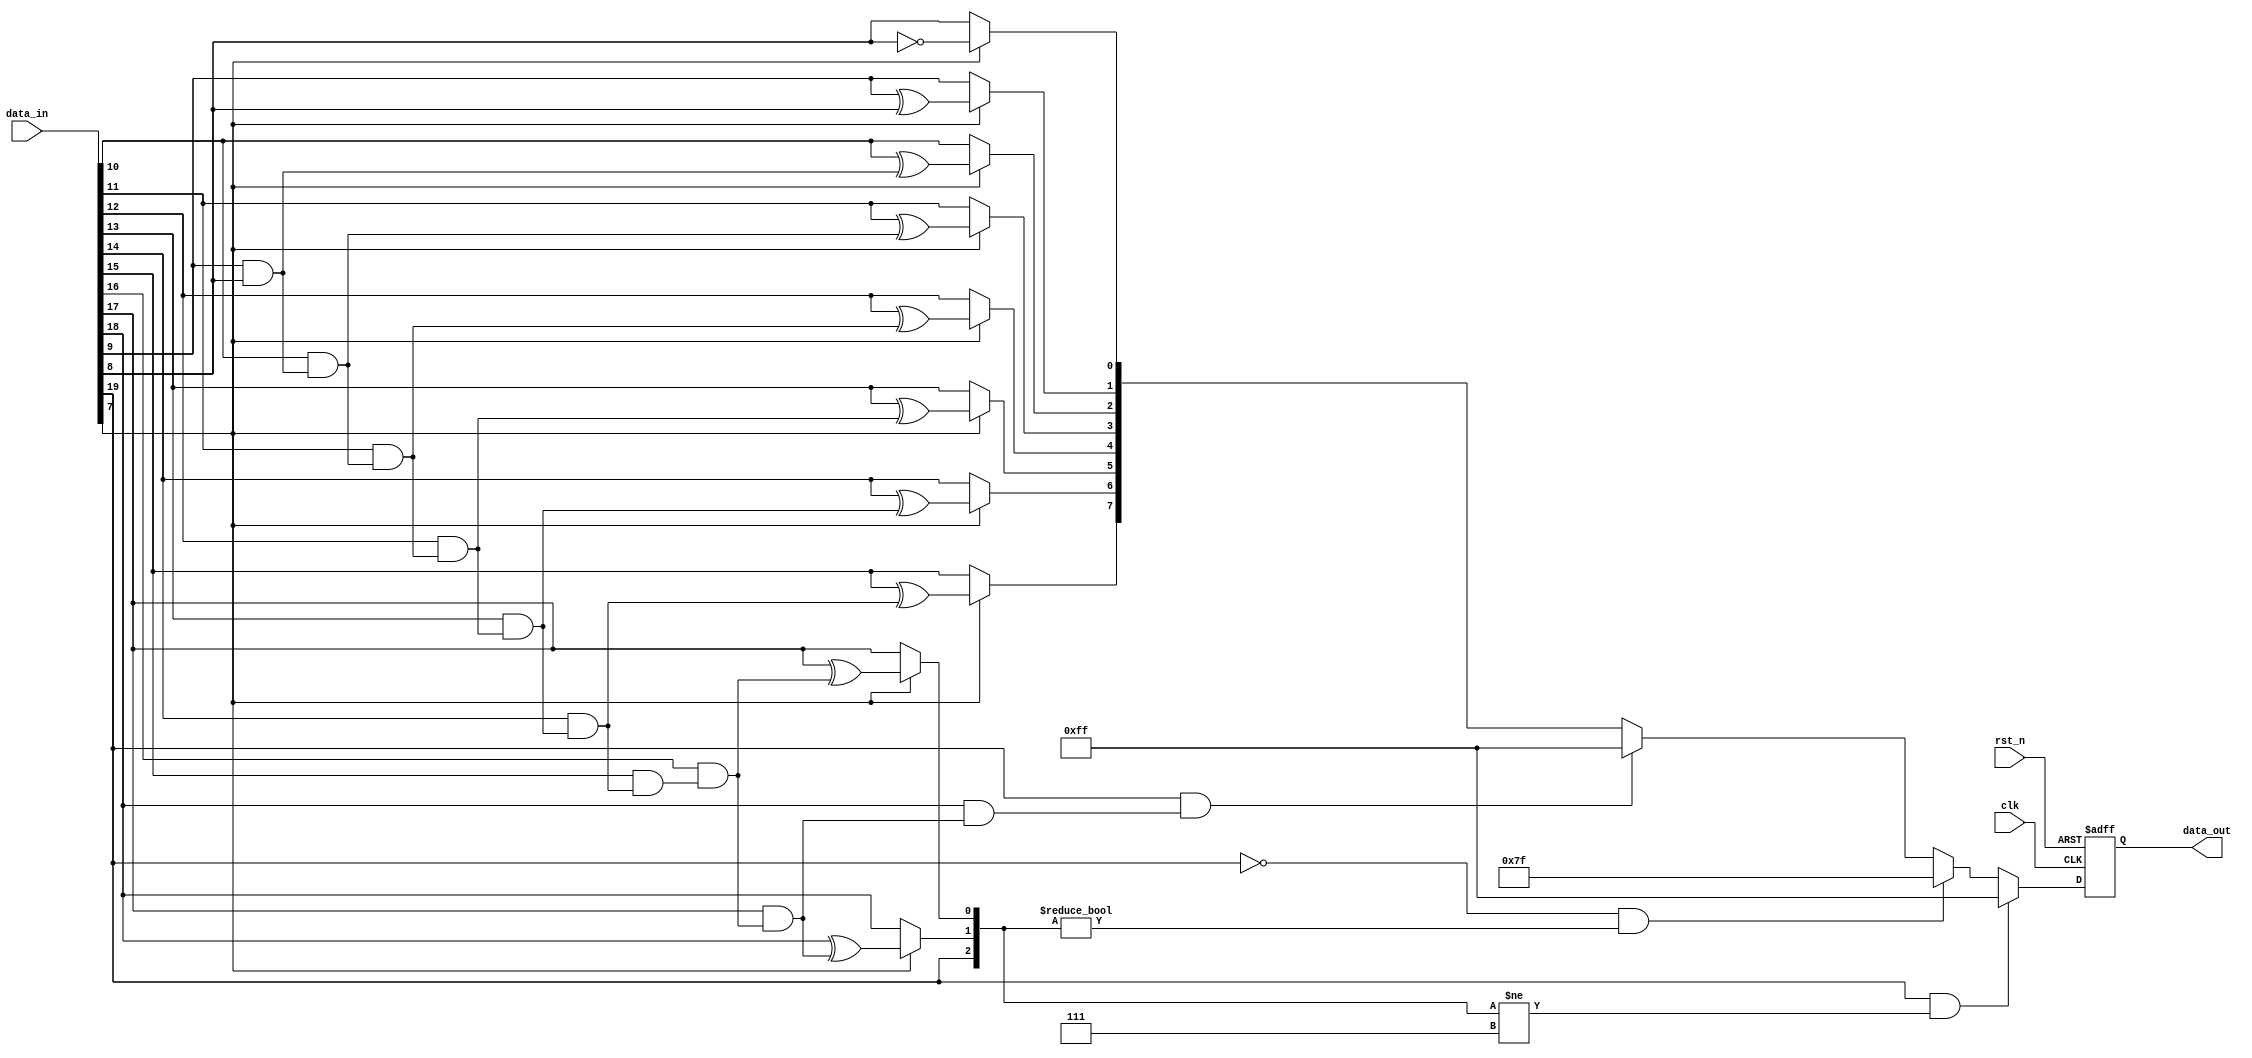
//////////////////////////////////////////////////////////////////////////////////
// Company:        
// Engineer:       
// Create Date:    
// Design Name:    
// Module Name:    cutoff
// Project Name:   
// Target Devices: 
// Tool versions:  
// Description: 
//
// Dependencies:   
//
// Revision: 
// Revision 0.01 - File Created
// Additional Comments: 
//////////////////////////////////////////////////////////////////////////////////

module cutoff#(
    parameter input_width        = 20,
    parameter output_width       = 8,
    parameter radix_point_right  = 8
    )( 
    input wire  clk,        // clock signal
    input wire  rst_n,      // reset signal 
    input wire  [input_width  - 1 : 0] data_in, 
    output reg  [output_width - 1 : 0] data_out
    );

// tmp[12:1] = data_in[19:8], integer part
// tmp[0] = round(data_in[8]), fractional part
reg[11:0] tmp = 12'b0;
reg carry = 1'b0;
integer i;
reg sum = 1'b0;
//reg transfer = 1'b0;

always @(posedge clk or negedge rst_n)
begin
	if (!rst_n)
		data_out[7:0] <= 8'b0;
	else
		data_out[7:0] <= tmp[7:0];
end

always @(*)
begin
	tmp[11:0] = data_in[19:8];
	// round if data_in[7] == 1
	if (data_in[7] == 1'b1)
	begin	
		carry = 1'b1;
		for (i = 0; i < 11; i = i + 1)
		begin
			sum = tmp[i] ^ carry;
			carry = tmp[i] & carry;
			tmp[i] = sum;
		end
	end
	// negative overflow
	if (tmp[11] == 1'b1 && carry == 1'b1)
		tmp[7:0] = 8'b11111111;
	// positive saturation
	if (tmp[11] == 1'b0 && tmp[11:9] != 3'b000)
		tmp[7:0] = 8'b01111111;
	// negative saturation
	if (tmp[11] == 1'b1 && tmp[11:9] != 3'b111)
		tmp[7:0] = 8'b11111111;
end
endmodule